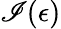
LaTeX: \mathscr{I}(\epsilon)